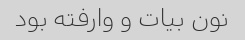
نون بیات و وارفته بود